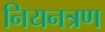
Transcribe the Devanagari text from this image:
नियनत्रण